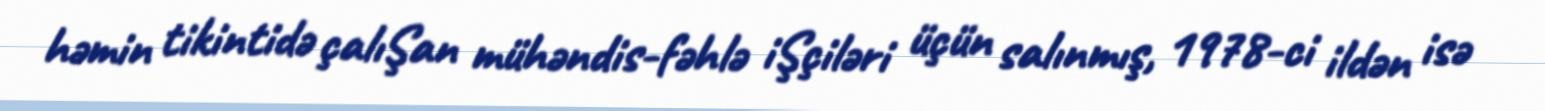
həmin tikintidə çalıŞan mühəndis-fəhlə iŞçiləri üçün salınmış, 1978-ci ildən isə